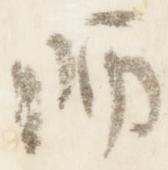
師